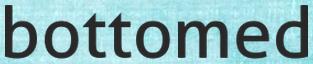
bottomed